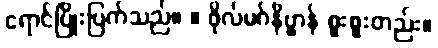
ရောင်ပြိုးပြက်သည်။ ။ ဖိုလ်မဂ်နိဗ္ဗာန် စူးစူးတည်း။